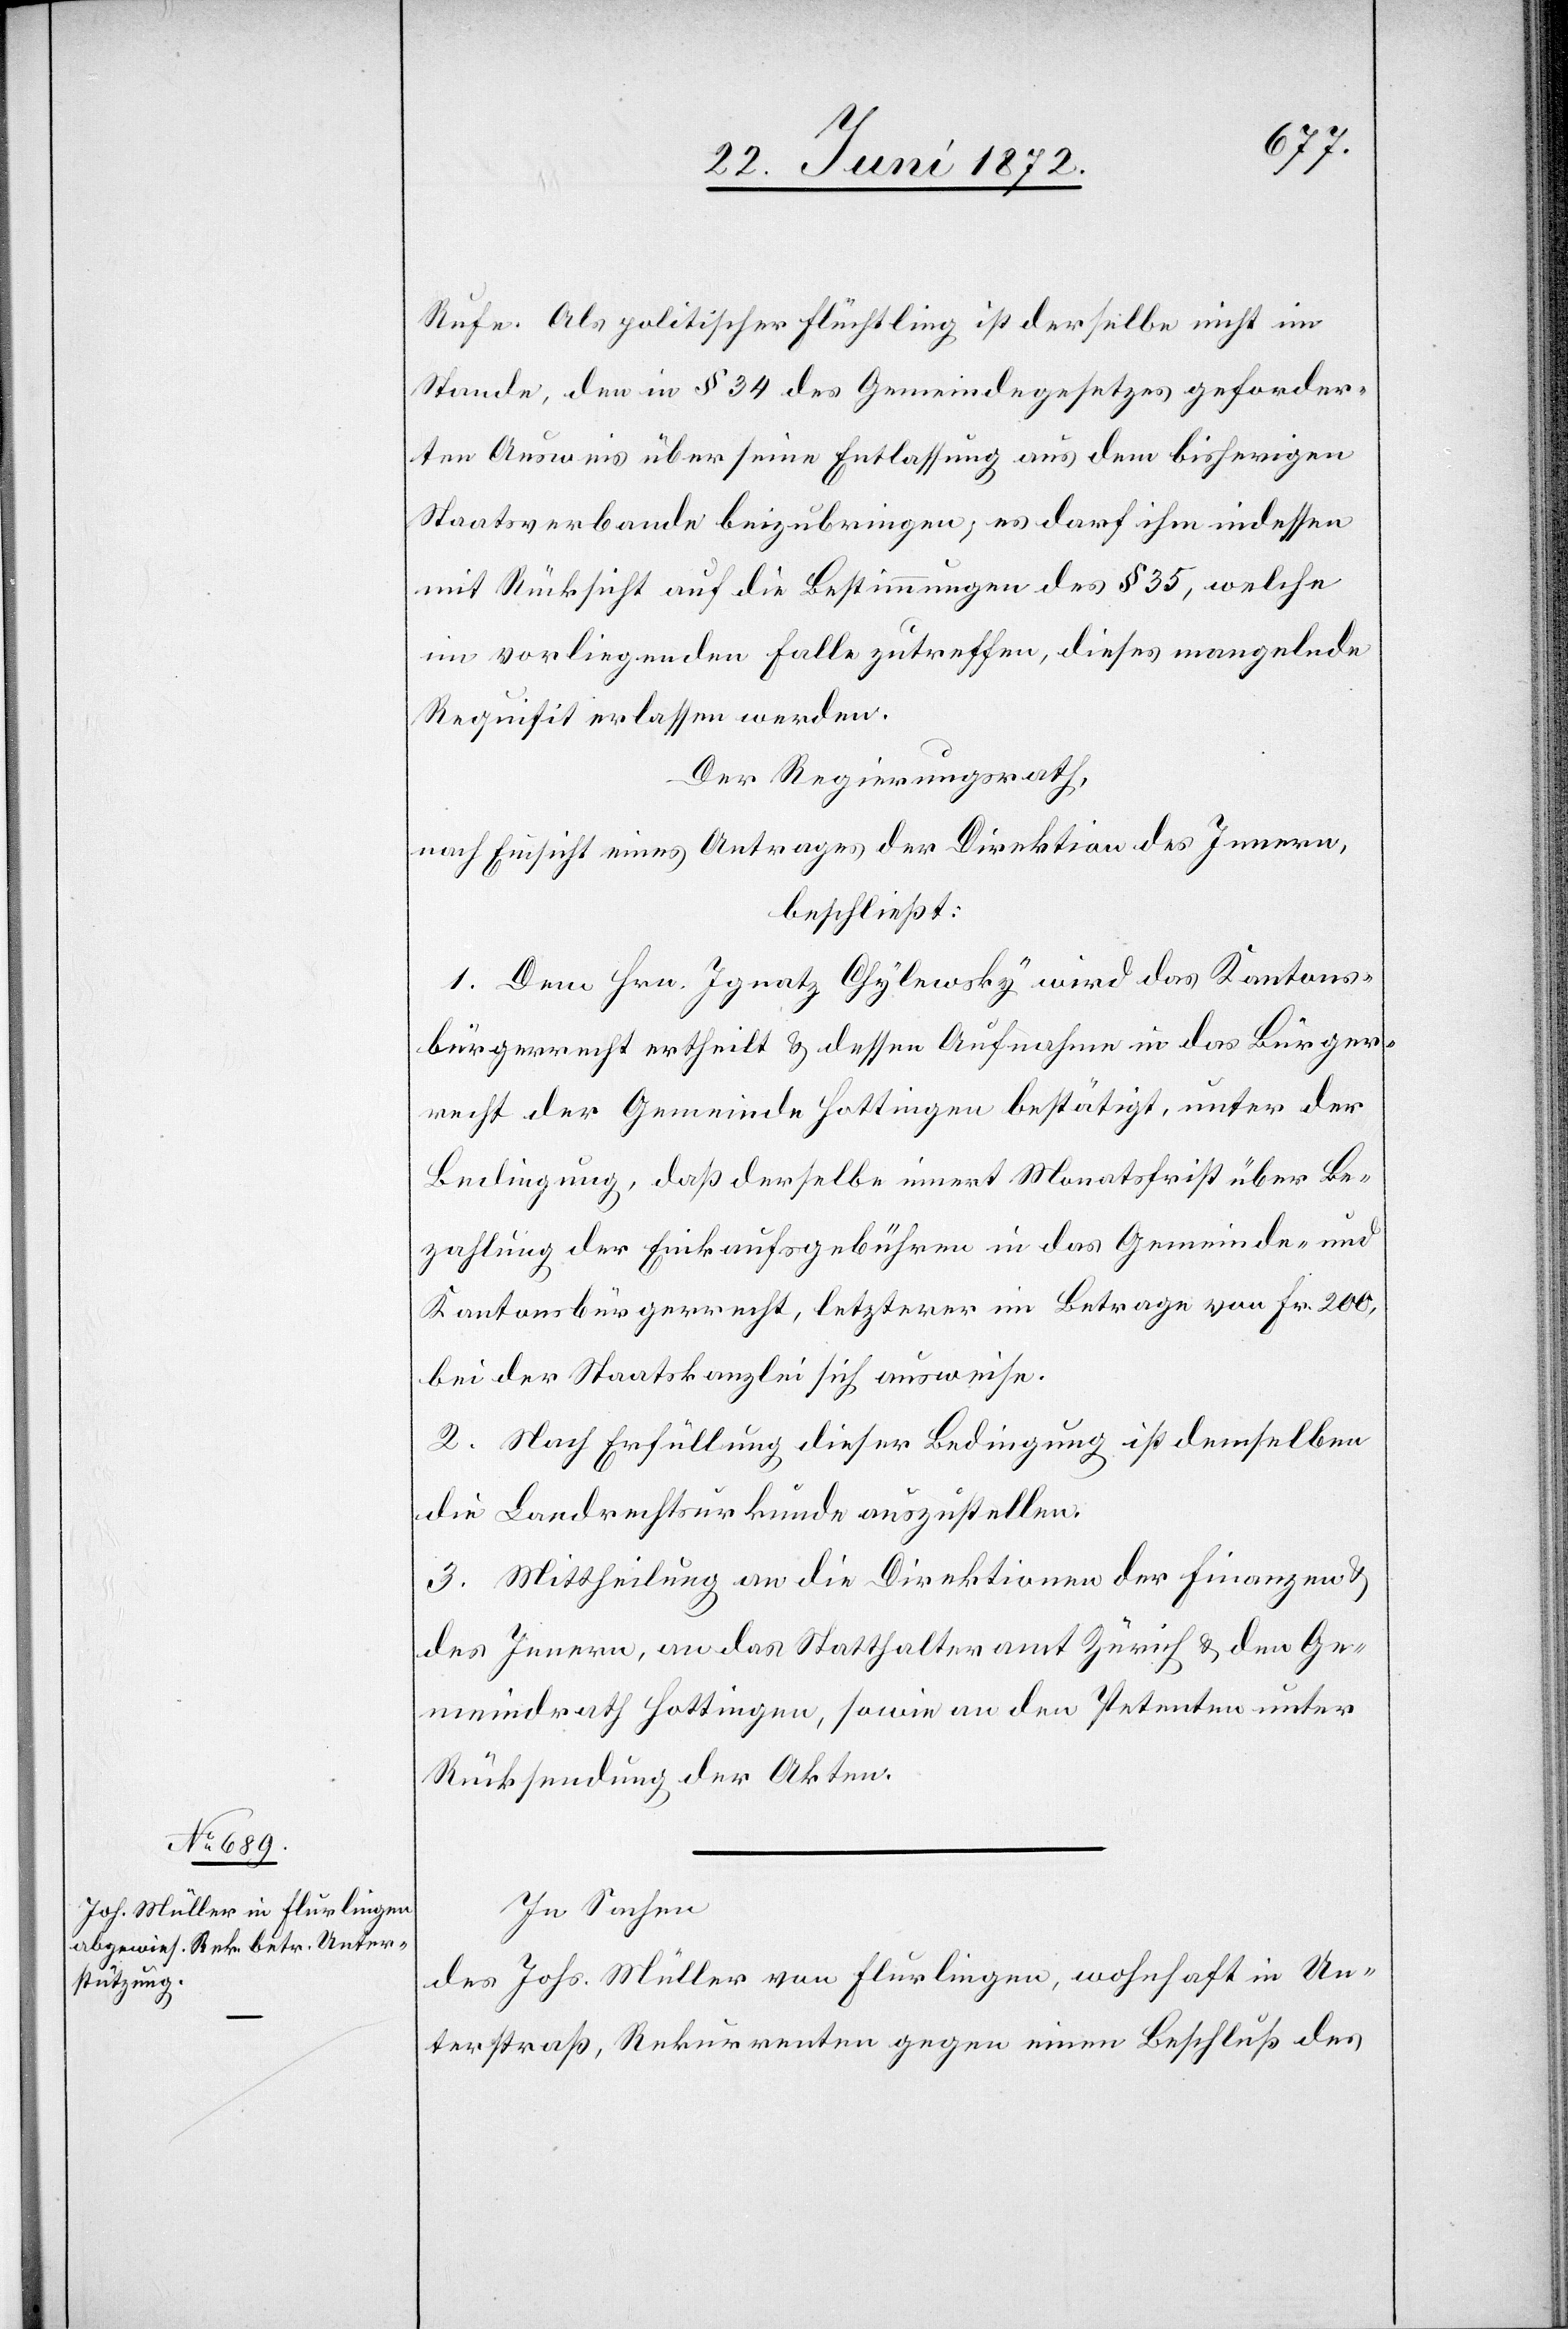
Rufe. Als politischer Flüchtling ist derselbe nicht im
Stande, den in § 34 des Gemeindegesetzes geforder¬
ten Ausweis über seine Entlassung aus dem bisherigen
Staatsverbande beizubringen; es darf ihm indessen
mit Rücksicht auf die Bestimmungen des § 35, welche
im vorliegenden Falle zutreffen, dieses mangelnde
Requisit erlassen werden.
Der Regierungsrath,
nach Einsicht eines Antrages der Direktion des Innern,
beschließt:
1. Dem Hrn. Igratz Chylewsky wird das Kantons¬
bürgerrecht ertheilt u. dessen Aufnahme in das Bürger¬
recht der Gemeinde Hottingen bestätigt, unter der
Bedingung, daß derselbe innert Monatsfrist über Be¬
zahlung der Einkaufsgebühren in das Gemeinde- und
Kantonsbürgerrecht, letzterer [sic!] im Betrage von Fr. 200,
bei der Staatskanzlei sich ausweise.
2. Nach Erfüllung dieser Bedingung ist demselben
die Landrechtsurkunde auszustellen.
3. Mittheilung an die Direktionen der Finanzen u.
des Innern, an das Statthalteramt Zürich u. den Ge¬
meindrath Hottingen, sowie an den Petenten unter
Rücksendung der Akten.
In Sachen
des Johs. Müller von Flurlingen, wohnhaft in Un¬
terstraß, Rekurrenten gegen einen Beschluß des